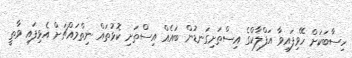
ހިސާބަކަށް ހޭވިފައިވާ އަފްލާކްގެ އިސްތަށިގަނޑުން ބައެއް އިސްތަށި ކޮޅުތައް ނިތްމައްޗަށް އެޅިފައި ވާތީ